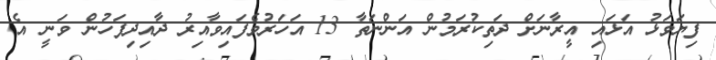
ފިޔަވަޅު އަޅައި އީރާނަށް ދަތިކުރަމުން އަންނަތާ 13 އަހަރުވެފައިވާއިރު ދާއިދިފަހުން ވަނީ އެ